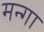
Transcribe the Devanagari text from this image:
मन्गा